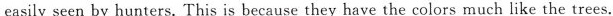
easily seen by hunters. This is because they have the colors much like the trees.